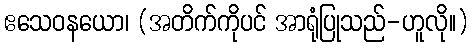
ဧသေဝနယော၊ (အတိက်ကိုပင် အာရုံပြုသည်-ဟူလို။)